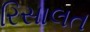
રિસાલત